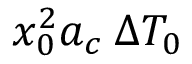
x _ { 0 } ^ { 2 } a _ { c } \: \Delta T _ { 0 }